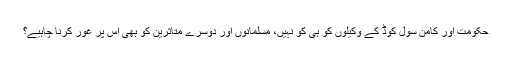
حکومت اور کامن سول کوڈ کے وکیلوں کو ہی کو نہیں، مسلمانوں اور دوسرے متأثرین کو بھی اس پر غور کرنا چاہیے؟